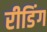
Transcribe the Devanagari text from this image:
रीडिंग